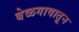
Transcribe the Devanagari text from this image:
बेळगावातून